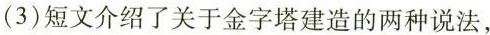
(3)短文介绍了关于金字塔建造的两种说法，